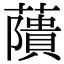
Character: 藬